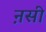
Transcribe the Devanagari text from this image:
ऩसी